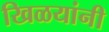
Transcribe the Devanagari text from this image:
खिळयांनी